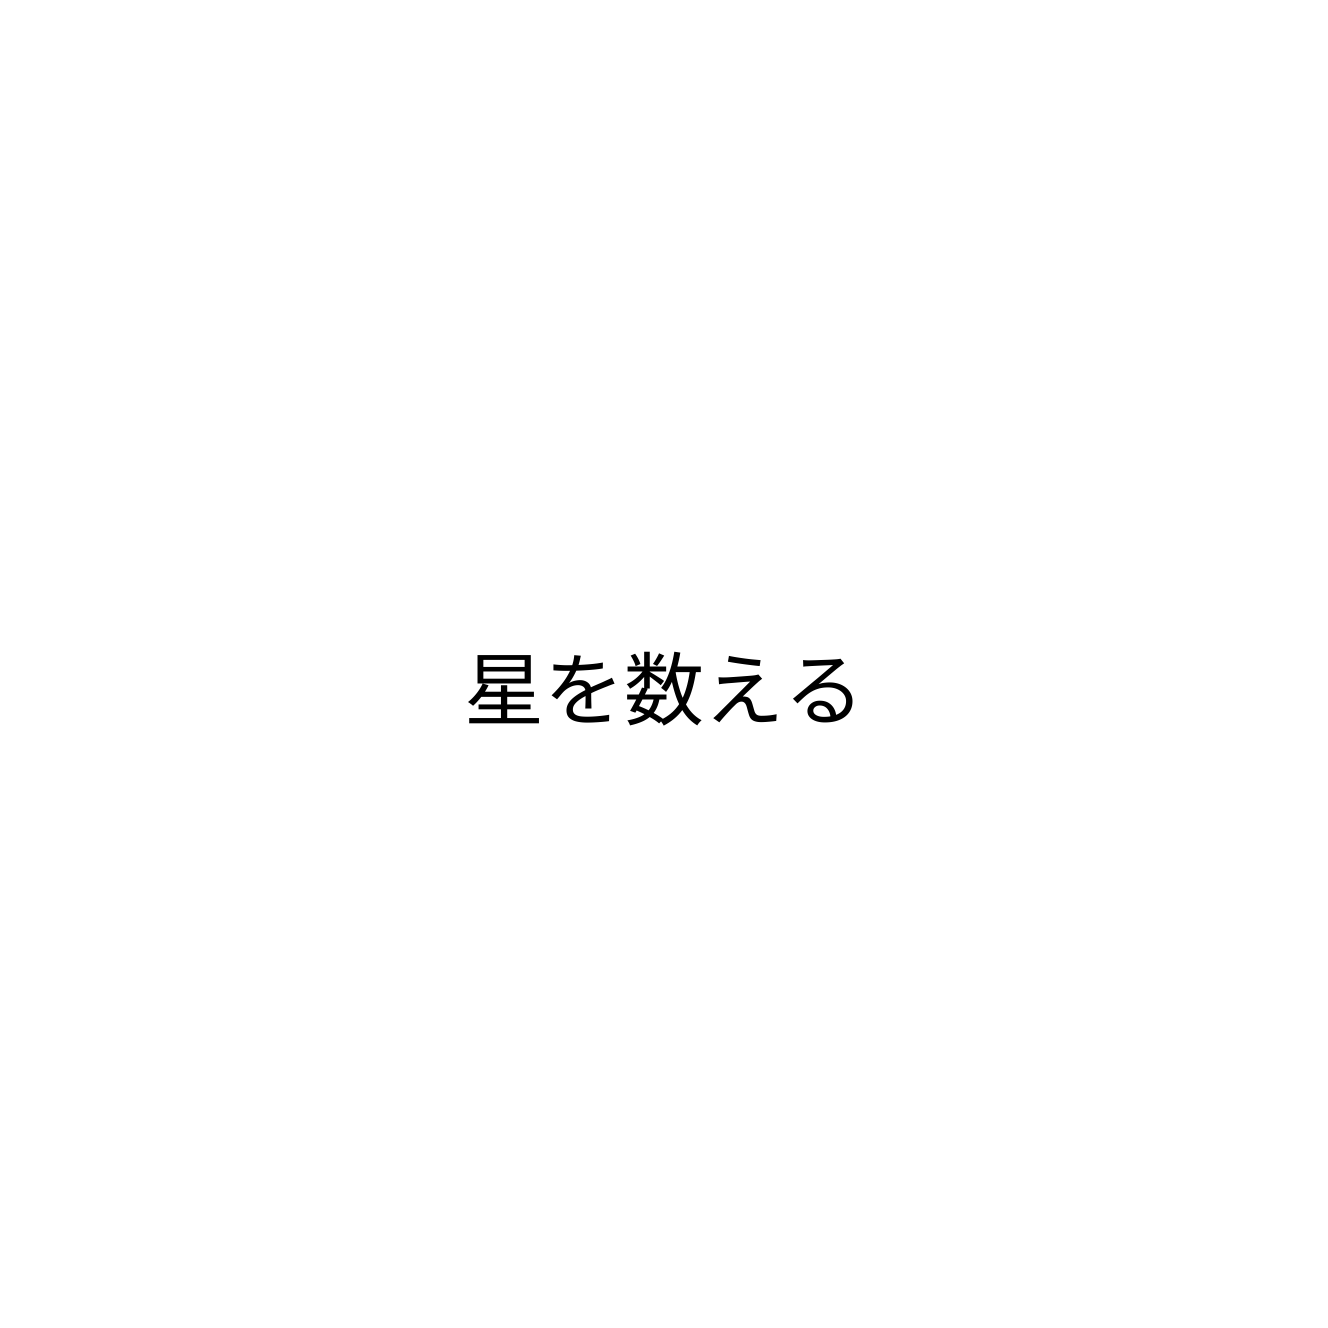
星を数える